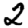
Digit: 2